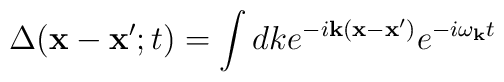
\Delta({\bf x}-{\bf x}';t) = \int dk e^{-i  {\bf k}({\bf x}-{\bf x}')} e^{-i \omega_{\bf k} t}